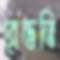
রেভতি